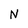
Character: N